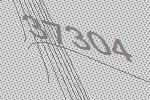
37304